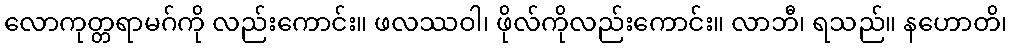
လောကုတ္တရာမဂ်ကို လည်းကောင်း။ ဖလဿဝါ၊ ဖိုလ်ကိုလည်းကောင်း။ လာဘီ၊ ရသည်။ နဟောတိ၊